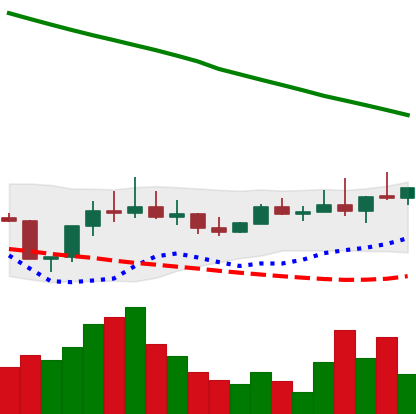
Ticker: DOGE-USD
Chart end date: 2022-08-12
Forward return: 10.794%
Label: up_7plus